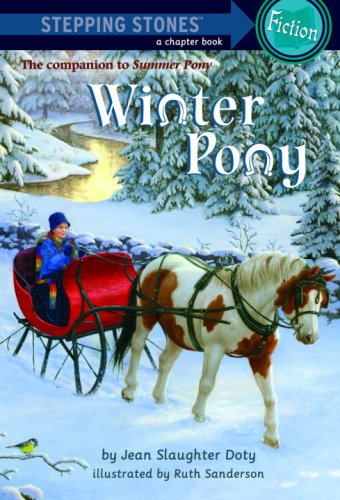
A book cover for Winter Pony (A Stepping Stone Book(TM)); Jean Slaughter Doty; Children's Books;